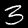
Digit: 3